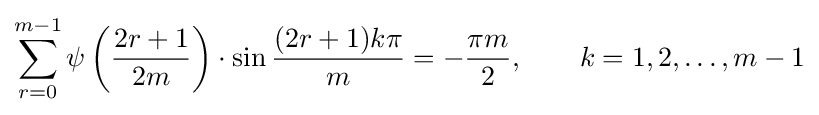
\sum _{r=0}^{m-1}\psi \left({\frac {2r+1}{2m}}\right)\cdot \sin {\dfrac {(2r+1)k\pi }{m}}=-{\frac {\pi m}{2}},\qquad k=1,2,\ldots ,m-1